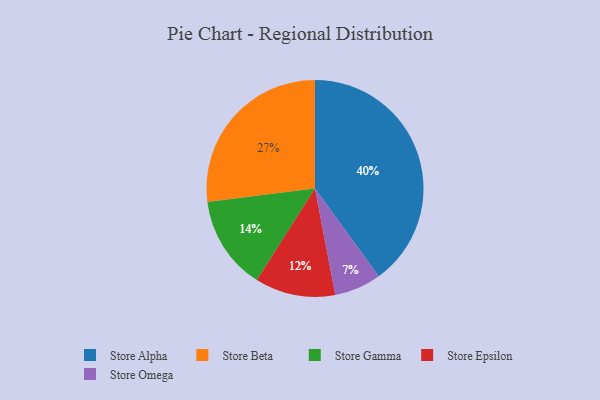
{"axis": {"x": "Category", "y": "Percentage"}, "legend": ["Store Alpha", "Store Beta", "Store Epsilon", "Store Gamma", "Store Omega"], "data": [{"x": "Store Omega", "y": 7, "type": "Store Omega"}, {"x": "Store Alpha", "y": 40, "type": "Store Alpha"}, {"x": "Store Beta", "y": 27, "type": "Store Beta"}, {"x": "Store Epsilon", "y": 12, "type": "Store Epsilon"}, {"x": "Store Gamma", "y": 14, "type": "Store Gamma"}]}